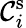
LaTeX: \mathcal{C}_{i}^{\mathrm{s}}